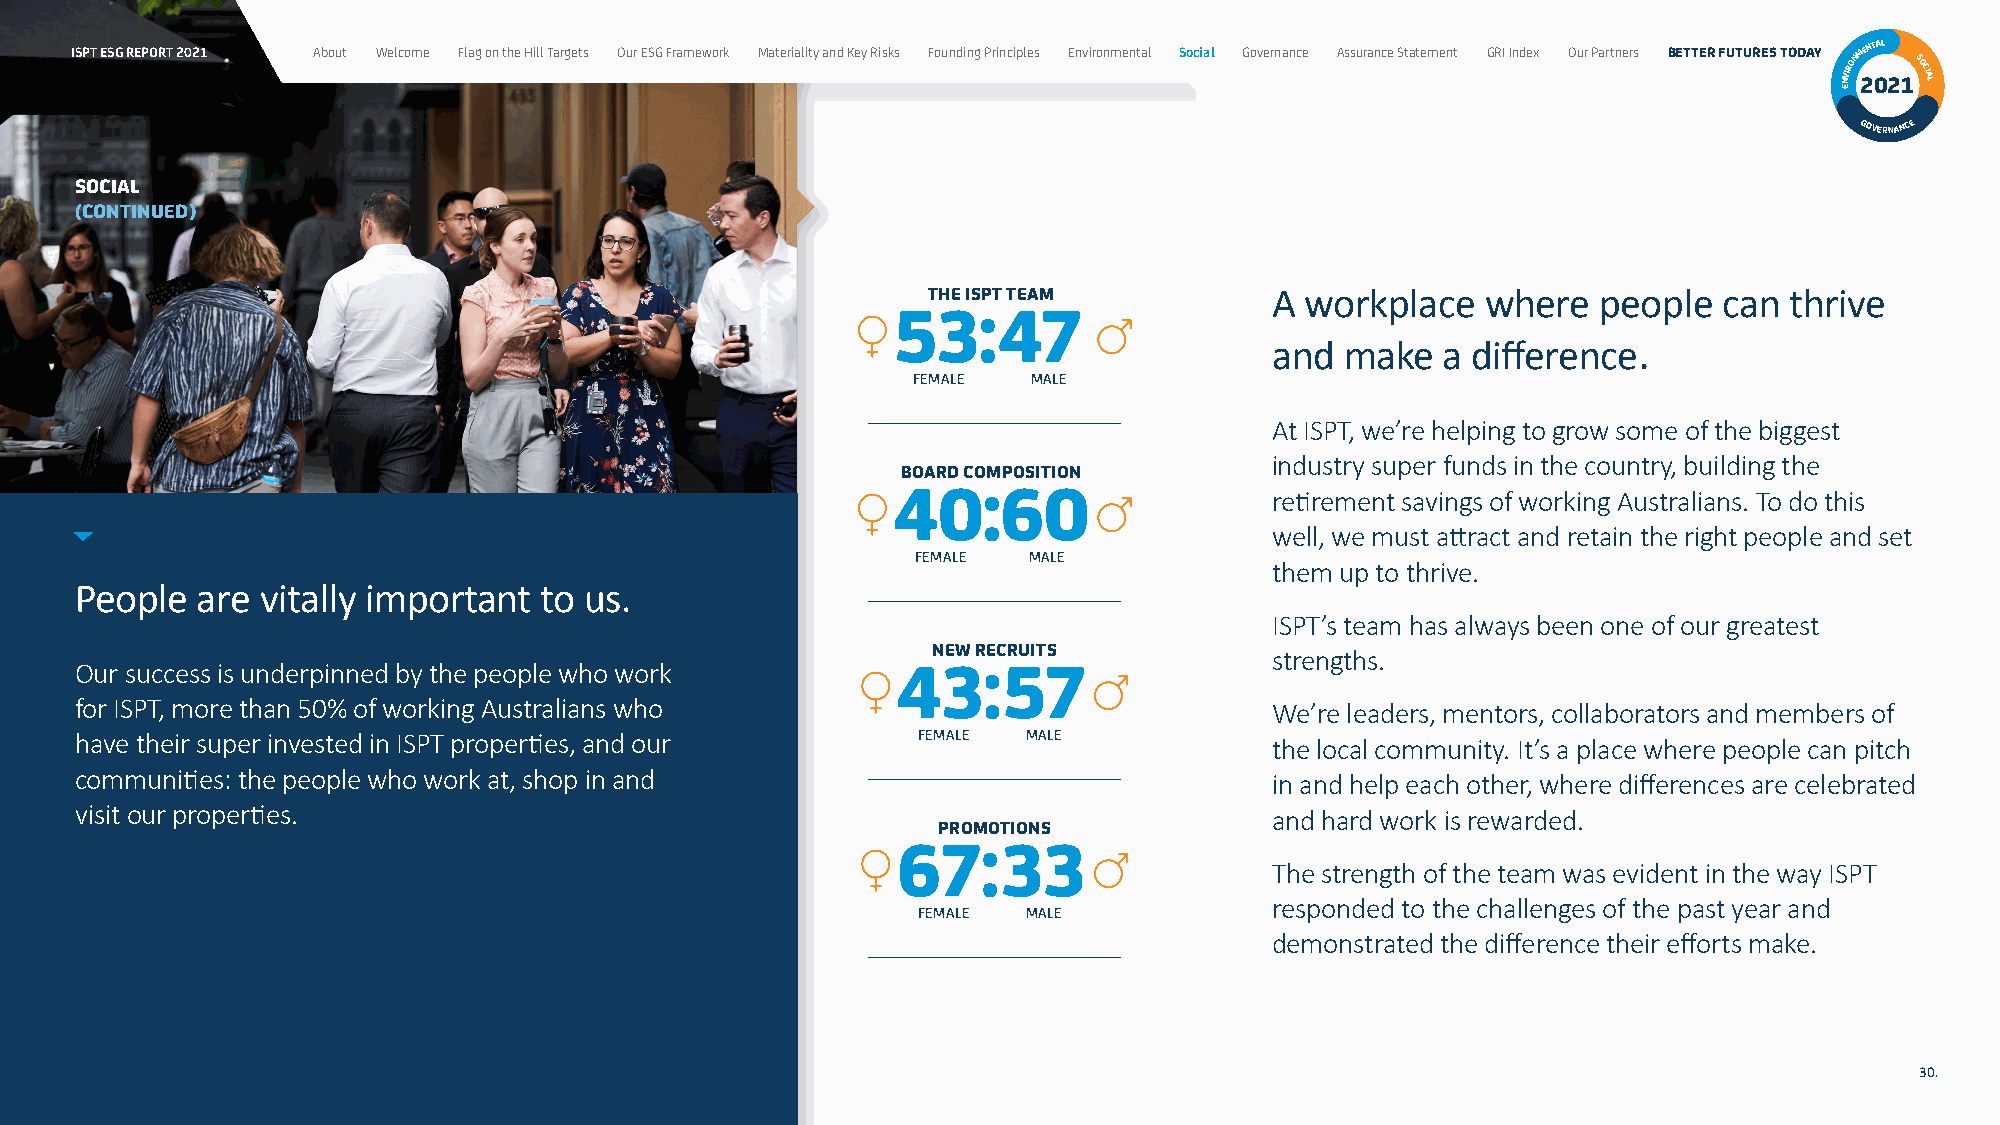
ISPT ESG REPORT 2021 About Welcome Flag on the Hill Targets Our ESG Framework Materiality and Key Risks Founding Principles Environmental Social Governance Assurance Statement GRI Index Our Partners BETTER FUTURES TODAY NVIRONM 2ENT 0AL
 21SOCIAL
 E
 GOVERNANCE
 SOCIAL
 (CONTINUED)
 THE ISPT TEAM          A workplace   where   people  can thrive
 53:47
 and  make   a difference.
 FEMALE  MALE
 At ISPT, we’re helping to grow some of the biggest
 industry super funds in the country, building the
 BOARD COMPOSITION
 40:60                    retirement savings of working Australians. To do this
 well, we must attract and retain the right people and set
 FEMALE MALE
 them up to thrive.
 People  are vitally important  to us.
 ISPT’s team has always been one of our greatest
 NEW RECRUITS          strengths.
 Our success is underpinned by the people who work     43:57
 for ISPT, more than 50% of working Australians who                             We’re leaders, mentors, collaborators and members of
 have their super invested in ISPT properties, and our   FEMALE MALE            the local community. It’s a place where people can pitch
 communities: the people who work at, shop in and                               in and help each other, where differences are celebrated
 visit our properties.                                                          and hard work is rewarded.
 PROMOTIONS
 67:33
 The strength of the team was evident in the way ISPT
 responded to the challenges of the past year and
 FEMALE MALE
 demonstrated the difference their efforts make.
 30.